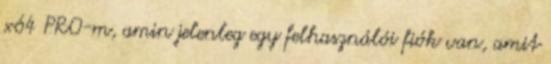
x64 PRO-m, amin jelenleg egy felhasználói fiók van, amit